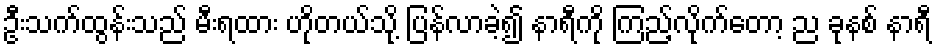
ဦးသက်ထွန်းသည် မီးရထား ဟိုတယ်သို့ ပြန်လာခဲ့၍ နာရီကို ကြည့်လိုက်တော့ ည ခုနစ် နာရီ